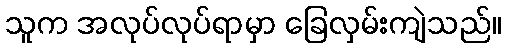
သူက အလုပ်လုပ်ရာမှာ ခြေလှမ်းကျဲသည်။